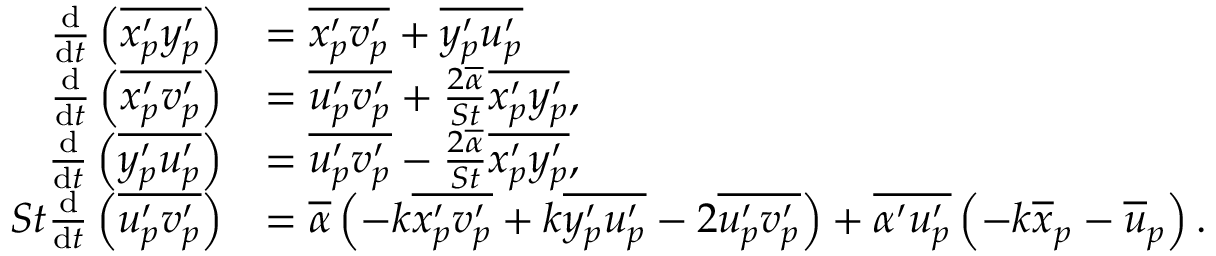
\begin{array} { r l } { \frac { \mathrm { d } } { \mathrm { d } t } \left( \overline { { { x _ { p } ^ { \prime } } { y _ { p } ^ { \prime } } } } \right) } & { = \overline { { { x _ { p } ^ { \prime } } { v _ { p } ^ { \prime } } } } + \overline { { { y _ { p } ^ { \prime } } { u _ { p } ^ { \prime } } } } } \\ { \frac { \mathrm { d } } { \mathrm { d } t } \left( \overline { { { x _ { p } ^ { \prime } } { v _ { p } ^ { \prime } } } } \right) } & { = \overline { { { u _ { p } ^ { \prime } } { v _ { p } ^ { \prime } } } } + \frac { 2 \overline { { \alpha } } } { S t } \overline { { { x _ { p } ^ { \prime } } { y _ { p } ^ { \prime } } } } , } \\ { \frac { \mathrm { d } } { \mathrm { d } t } \left( \overline { { { y _ { p } ^ { \prime } } { u _ { p } ^ { \prime } } } } \right) } & { = \overline { { { u _ { p } ^ { \prime } } { v _ { p } ^ { \prime } } } } - \frac { 2 \overline { { \alpha } } } { S t } \overline { { { x _ { p } ^ { \prime } } { y _ { p } ^ { \prime } } } } , } \\ { S t \frac { \mathrm { d } } { \mathrm { d } t } \left( \overline { { { u _ { p } ^ { \prime } } { v _ { p } ^ { \prime } } } } \right) } & { = \overline { { \alpha } } \left( - k \overline { { x _ { p } ^ { \prime } v _ { p } ^ { \prime } } } + k \overline { { y _ { p } ^ { \prime } u _ { p } ^ { \prime } } } - 2 \overline { { u _ { p } ^ { \prime } v _ { p } ^ { \prime } } } \right) + \overline { { \alpha ^ { \prime } u _ { p } ^ { \prime } } } \left( - k \overline { { x } } _ { p } - \overline { { u } } _ { p } \right) . } \end{array}